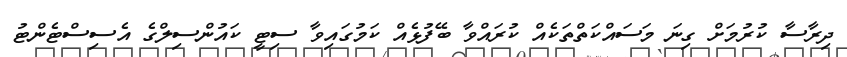
ދިރާސާ ކުރުމަށް ގިނަ މަސައްކަތްތަކެއް ކުރައްވާ ބޭފުޅެއް ކަމުގައިވާ ސިޓީ ކައުންސިލްގެ އެސިސްޓެންޓު